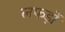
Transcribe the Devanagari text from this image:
लफड़ों